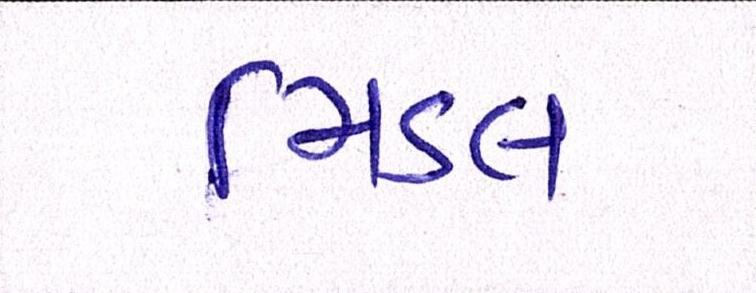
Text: મિડલ